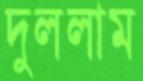
দুললাম